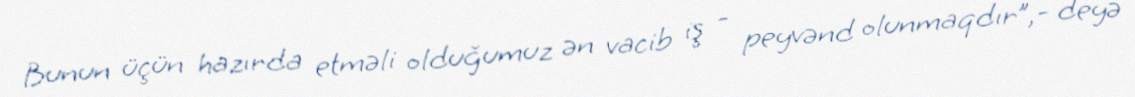
Bunun üçün hazırda etməli olduğumuz ən vacib iş - peyvənd olunmaqdır”,- deyə